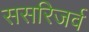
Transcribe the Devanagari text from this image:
ससरिजर्व